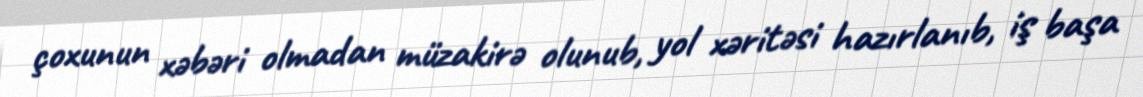
çoxunun xəbəri olmadan müzakirə olunub, yol xəritəsi hazırlanıb, iş başa